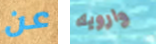
عن وارويك